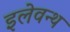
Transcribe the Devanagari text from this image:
इलेवन्थ